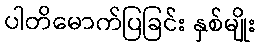
ပါတိမောက်ပြခြင်း နှစ်မျိုး